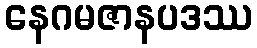
နေဂမဇာနပဒဿ